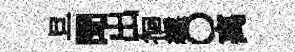
旦聞出徊縹〇离